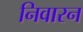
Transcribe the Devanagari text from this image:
निवारन